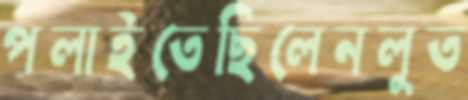
পলাইতেছিলেনলুত